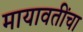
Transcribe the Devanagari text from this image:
मायावतींचा